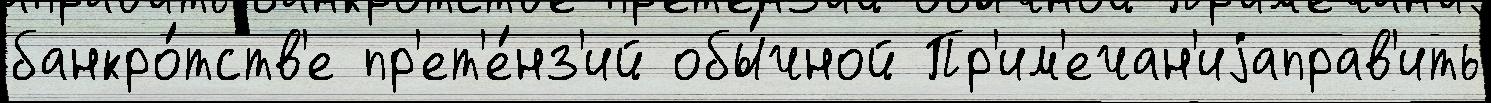
банкро́тств'е пр'ет'е́нз'ий обы́чной Пр'им'ечан'иjаправ'ить